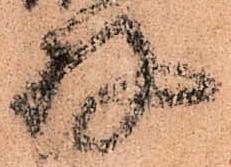
存